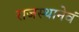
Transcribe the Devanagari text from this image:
राजस्थानेवं